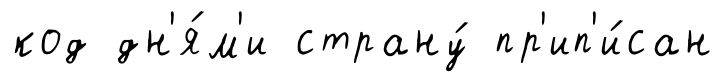
код дн'я́м'и страну́ пр'ип'и́сан